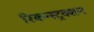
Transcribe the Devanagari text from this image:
रिकन्स्ट्रक्शन